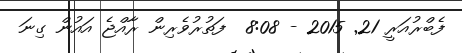
ފެބްރުއަރީ 21